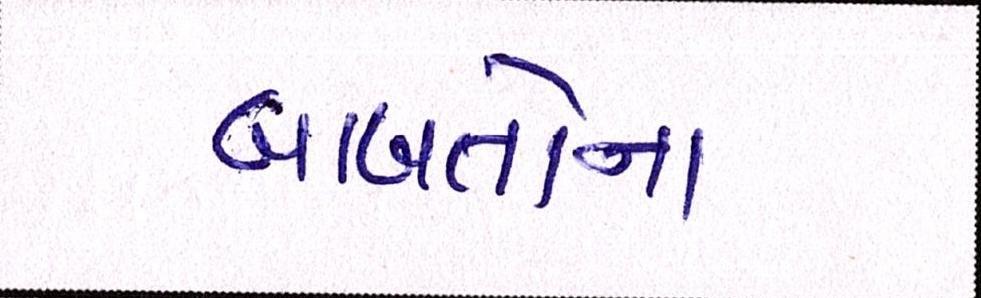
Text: બાબતોના